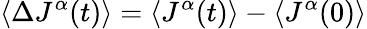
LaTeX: \left<\Delta J^{\alpha}(t)\right>=\left<J^{\alpha}(t)\right>-\left<J^{\alpha}(0)\right>